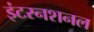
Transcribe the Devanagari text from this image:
इंटरनशनल